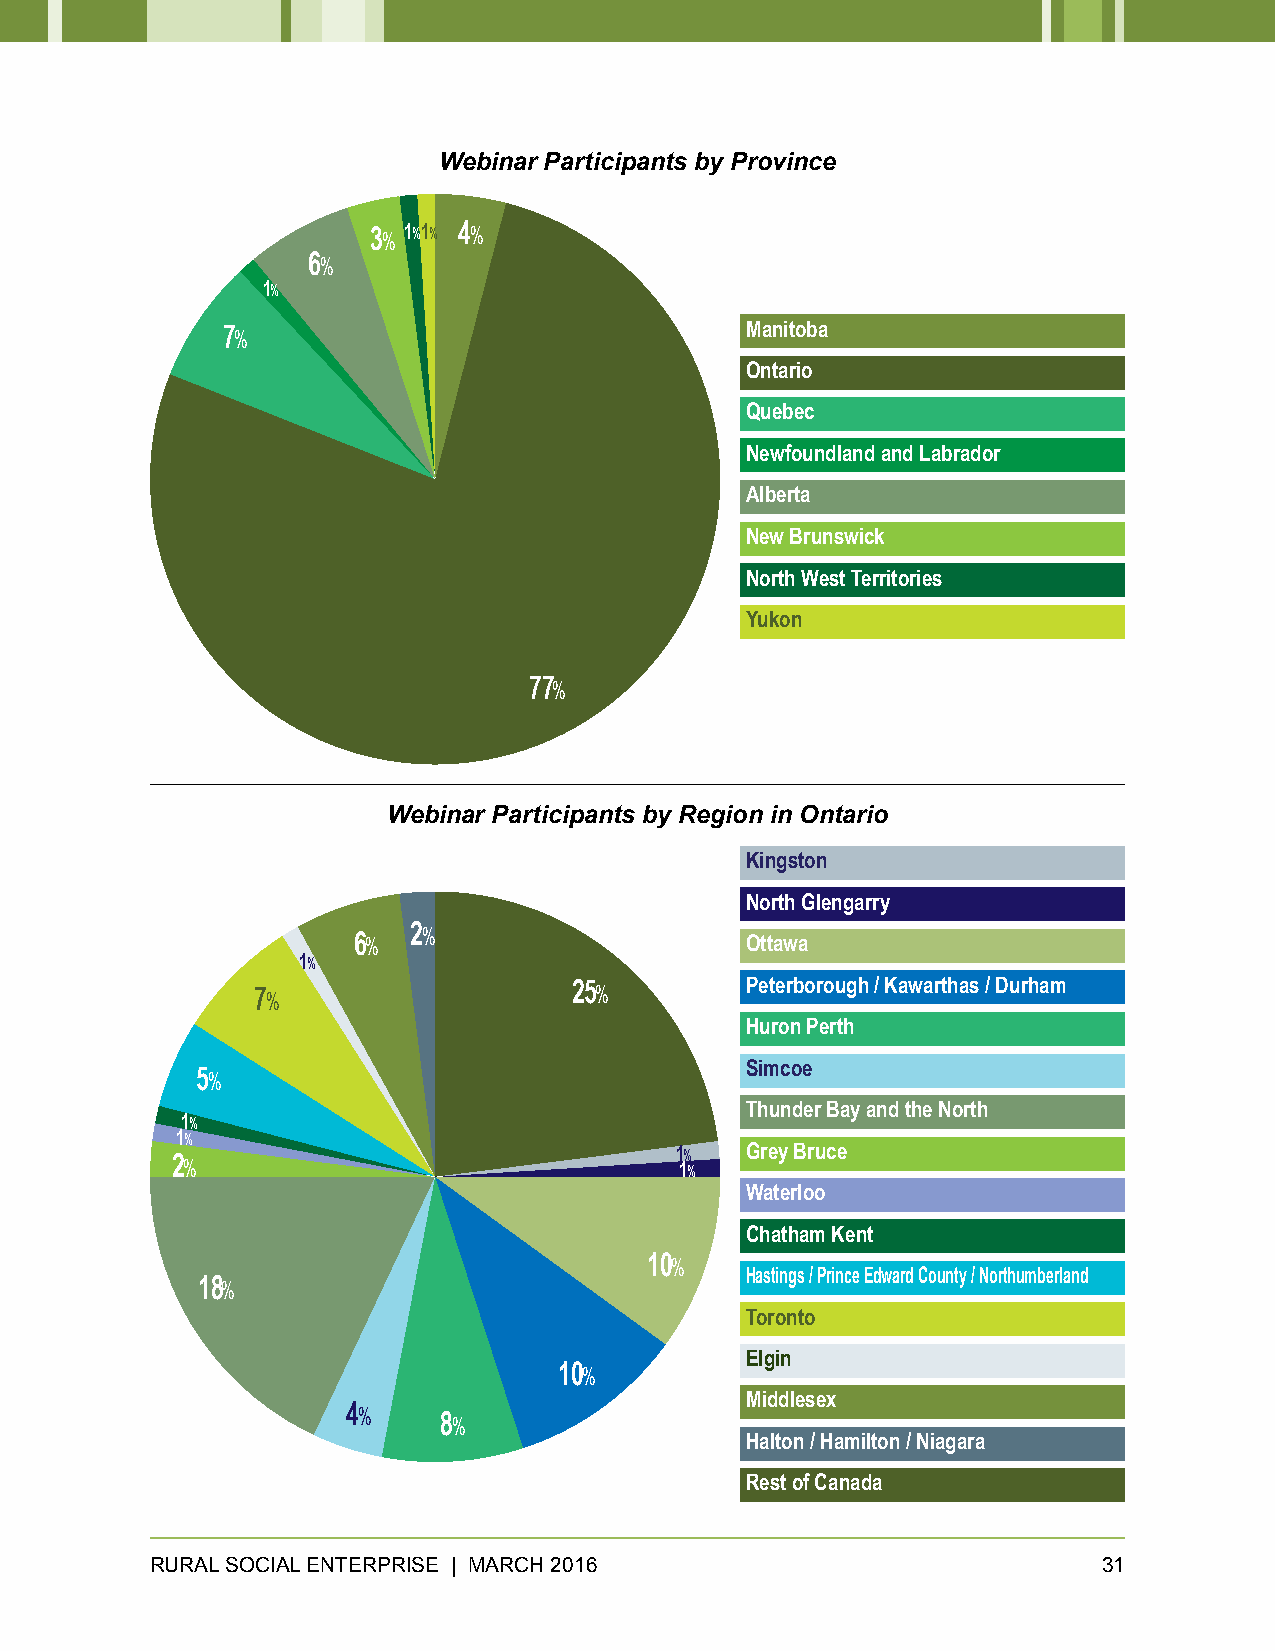
Webinar Participants by Province
 3% 1%1% 4%
 6%
 1%
 7%                                Manitoba
 Ontario
 Quebec
 Newfoundland and Labrador
 Alberta
 New Brunswick
 North West Territories
 Yukon
 77%
 Webinar Participants by Region in Ontario
 Kingston
 North Glengarry
 6%
 2%
 Ottawa
 1%
 7%
 25%        Peterborough / Kawarthas / Durham
 Huron Perth
 Simcoe
 5%
 Thunder Bay and the North
 1%
 1%
 2%                                1 1%
 %
 Grey Bruce
 Waterloo
 Chatham Kent
 10%
 Hastings / Prince Edward County / Northumberland
 18%
 Toronto
 Elgin
 10%
 Middlesex
 4%
 8%
 Halton / Hamilton / Niagara
 Rest of Canada
 RURAL SOCIAL ENTERPRISE | MARCH 2016                           31